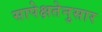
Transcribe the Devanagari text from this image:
सापेक्षतेनुसार